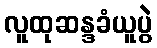
လူထုဆန္ဒခံယူပွဲ